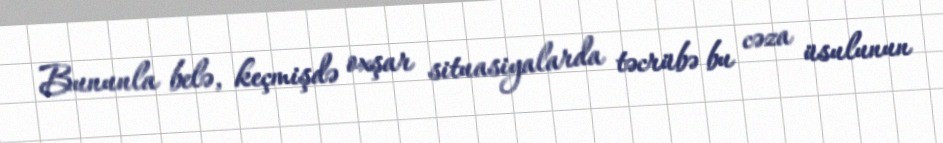
Bununla belə, keçmişdə oxşar situasiyalarda təcrübə bu cəza üsulunun